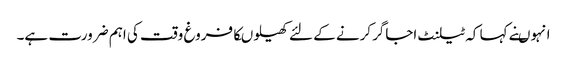
انہوںنے کہا کہ ٹیلنٹ اجاگرکرنے کے لئے کھیلوںکافروغ وقت کی اہم ضرورت ہے۔